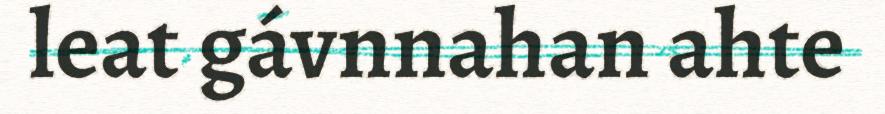
leat gávnnahan ahte